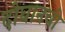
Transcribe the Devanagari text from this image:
दोघानची